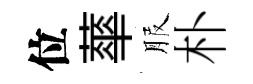
位蕐服朴